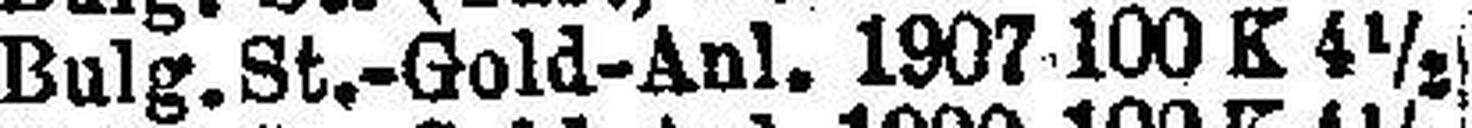
Bulg. St.-Gold-Anl. 1907 100 K 4½